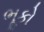
ભૂકો